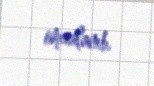
imzalanıb.